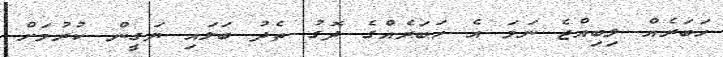
ހަބަރެއް ލިބިއްޖެ ނަމަ އެ ހަބަރެއްގެ ދޮގު ތެދު ބަލައި ޔަގީން ކުރުމަށް